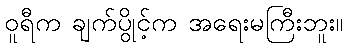
ဝူရီက ချက်ပွိုင့်က အရေးမကြီးဘူး။